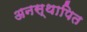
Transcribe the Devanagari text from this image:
अनस्थापित